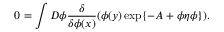
0 = \int D \phi \frac { \delta } { \delta \phi ( x ) } ( \phi ( y ) \exp \{ - A + \phi \eta \phi \} ) .